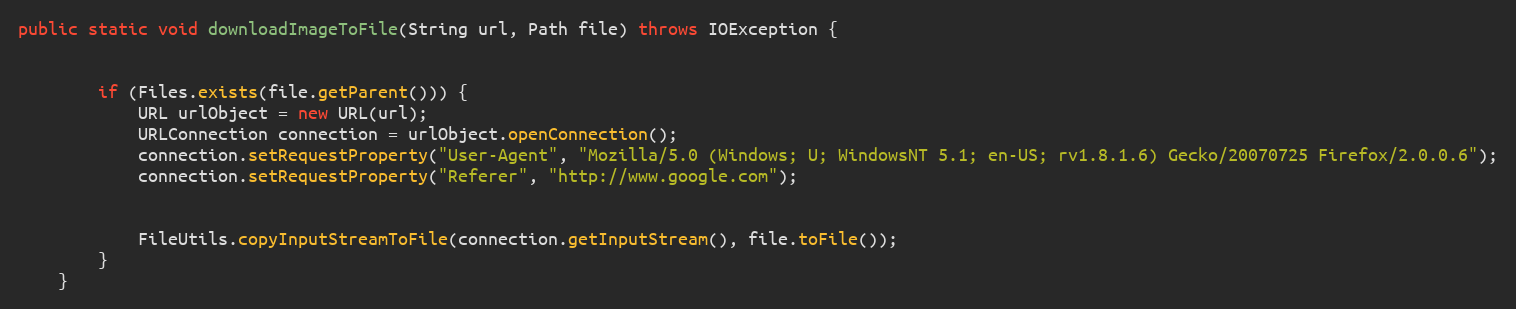
Language: Java
public static void downloadImageToFile(String url, Path file) throws IOException {

        if (Files.exists(file.getParent())) {
            URL urlObject = new URL(url);
            URLConnection connection = urlObject.openConnection();
            connection.setRequestProperty("User-Agent", "Mozilla/5.0 (Windows; U; WindowsNT 5.1; en-US; rv1.8.1.6) Gecko/20070725 Firefox/2.0.0.6");
            connection.setRequestProperty("Referer", "http://www.google.com");

            FileUtils.copyInputStreamToFile(connection.getInputStream(), file.toFile());
        }
    }